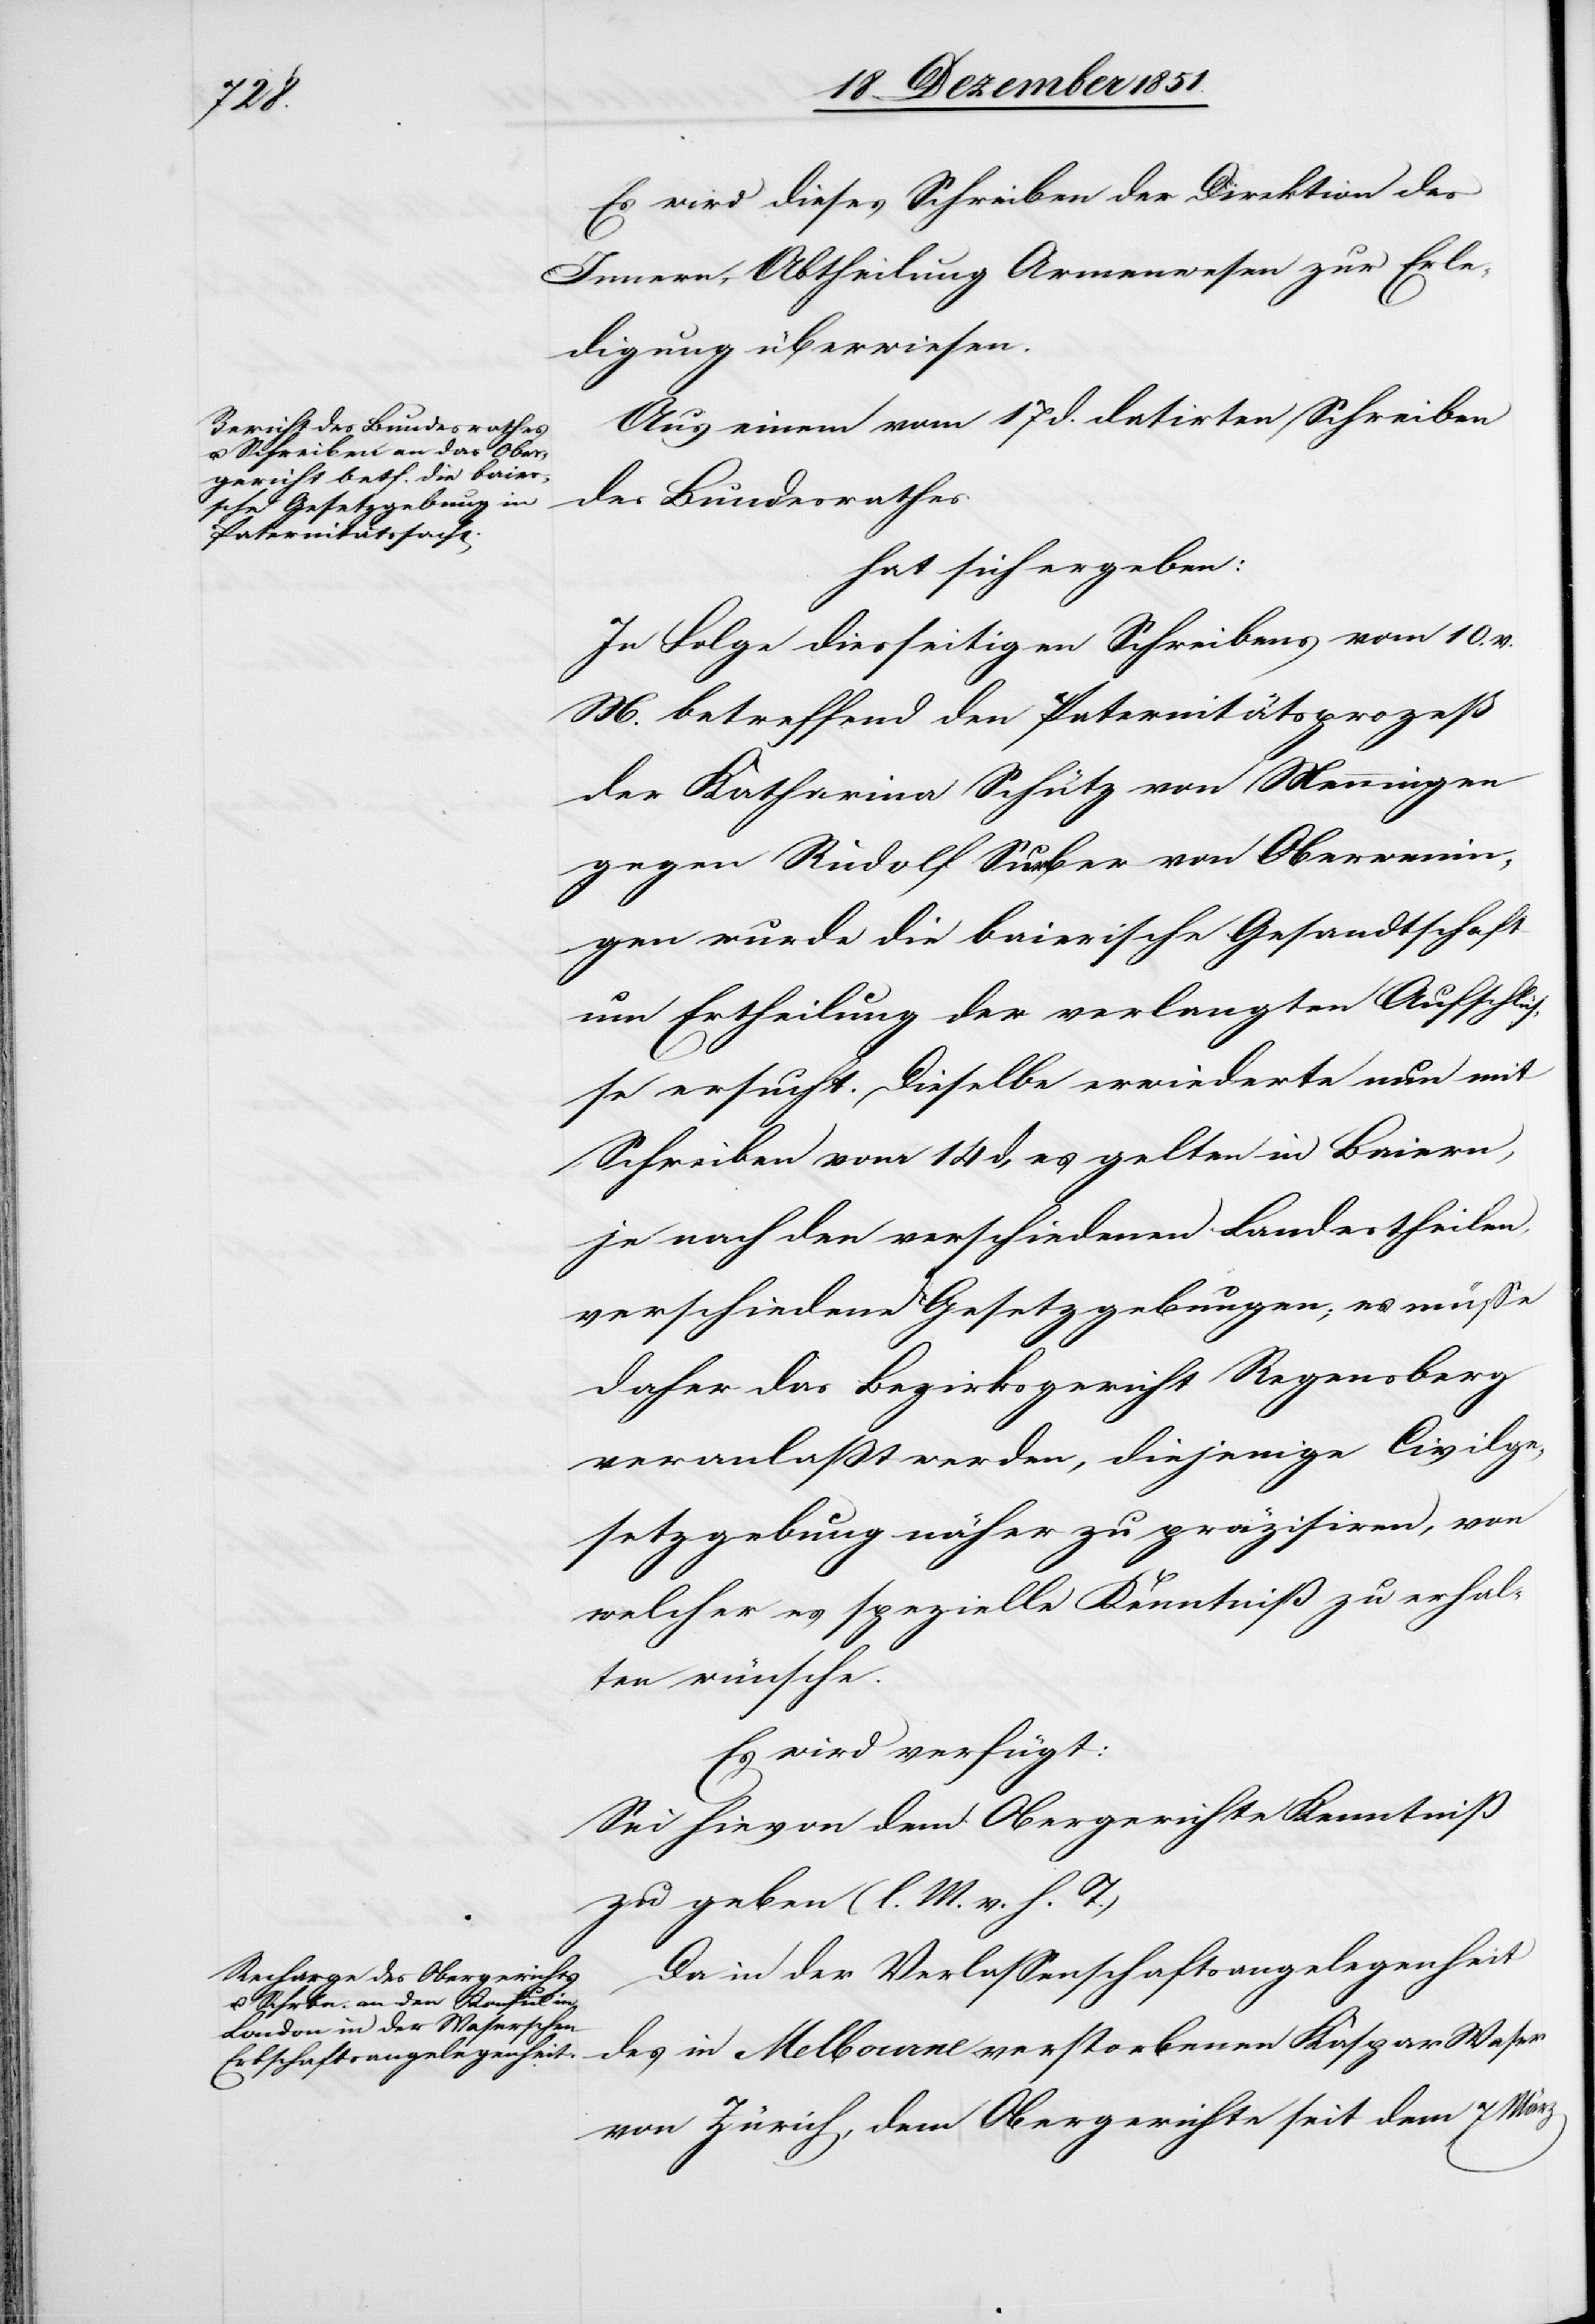
den

19 Dezember 1851.]
Es wird dieses Schreiben der Direktion des
Innern, – Abtheilung Armenwesen zur Erle¬
digung überwiesen.
Aus einem vom 17 d. datirten Schreiben
des Bundesrathes
hat sich ergeben:
In Folge diesseitigen Schreibens vom 10. v.
M. betreffend den Paternitätsprozeß
der Katharina Schütz von Menningen
gegen Rudolf Surber von Oberwenin¬
gen wurde die baierische Gesandtschaft
um Ertheilung der verlangten Aufschlüs¬
se ersucht. Dieselbe erwiederte nun mit
Schreiben vom 14 d, es gelten in Baiern,
je nach den verschiedenen Landestheilen,
verschiedene Gesetzgebungen; es müsse
daher das Bezirksgericht Regensberg
veranlaßt werden, diejenige Civilge¬
setzgebung näher zu präzisiren, von
welcher es spezielle Kenntniß zu erhal¬
ten wünsche.
Es wird verfügt:
Sei hievon dem Obergerichte Kenntniß
zu geben (l. M. v. h. T.)
Da in der Verlassenschaftsangelegenheit
des in Melbourne verstorbenen Kaspar Waser
von Zürich, dem Obergerichte seit dem 7 März